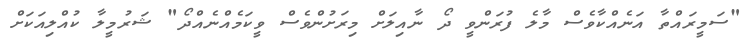
"ސަމީރައްތާ އަނެއްކާވެސް މާލެ ފުރަންވީ ދޯ ނާއިލަށް މިރަށުންވެސް ވީކަމެއްނެއްދޯ" ޝަރުމީލާ ކުއްލިއަކަށް